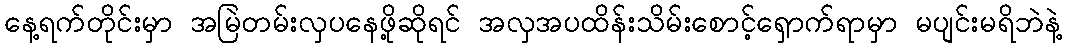
နေ့ရက်တိုင်းမှာ အမြဲတမ်းလှပနေဖို့ဆိုရင် အလှအပထိန်းသိမ်းစောင့်ရှောက်ရာမှာ မပျင်းမရိဘဲနဲ့